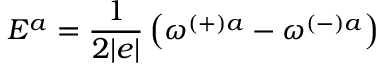
E ^ { a } = \frac { 1 } { 2 | e | } \left( \omega ^ { ( + ) a } - \omega ^ { ( - ) a } \right)